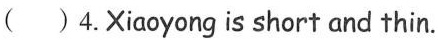
( )4.Xiāoyong is short and thin.